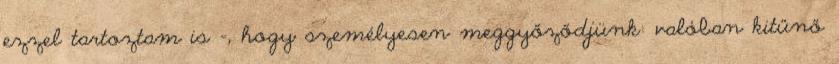
ezzel tartoztam is -, hogy személyesen meggyőződjünk: valóban kitűnő